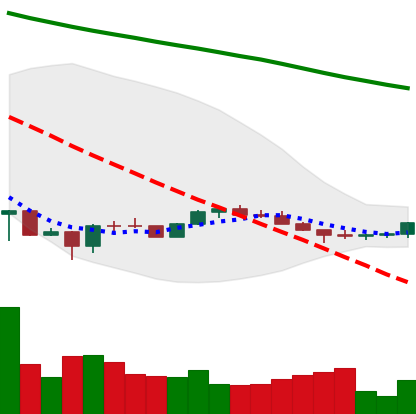
Ticker: ETH-USD
Chart end date: 2022-07-04
Forward return: 5.727%
Label: up_5_7